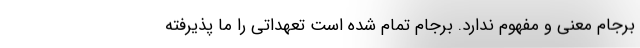
برجام معنی و مفهوم ندارد. برجام تمام شده است تعهداتی را ما پذیرفته